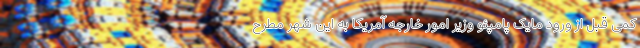
کمی قبل از ورود مایک پامپئو وزیر امور خارجه آمریکا به این شهر مطرح